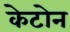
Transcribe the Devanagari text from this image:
केटोन